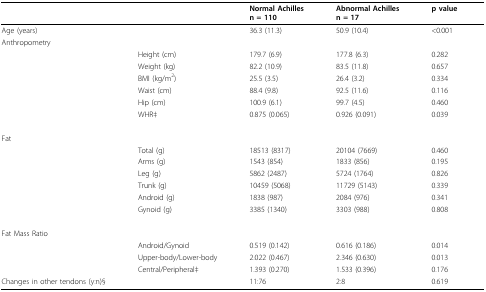
<table><thead><tr><td></td><td></td><td><b>Normal Achillesn = 110</b></td><td><b>Abnormal Achillesn = 17</b></td><td><b>p value</b></td></tr></thead><tbody><tr><td>Age (years)</td><td></td><td>36.3 (11.3)</td><td>50.9 (10.4)</td><td>&lt;0.001</td></tr><tr><td>Anthropometry</td><td></td><td></td><td></td><td></td></tr><tr><td></td><td>Height (cm)</td><td>179.7 (6.9)</td><td>177.8 (6.3)</td><td>0.282</td></tr><tr><td></td><td>Weight (kg)</td><td>82.2 (10.9)</td><td>83.5 (11.8)</td><td>0.657</td></tr><tr><td></td><td>BMI (kg/m<sup>2</sup>)</td><td>25.5 (3.5)</td><td>26.4 (3.2)</td><td>0.334</td></tr><tr><td></td><td>Waist (cm)</td><td>88.4 (9.8)</td><td>92.5 (11.6)</td><td>0.116</td></tr><tr><td></td><td>Hip (cm)</td><td>100.9 (6.1)</td><td>99.7 (4.5)</td><td>0.460</td></tr><tr><td></td><td>WHR‡</td><td>0.875 (0.065)</td><td>0.926 (0.091)</td><td>0.039</td></tr><tr><td>Fat</td><td></td><td></td><td></td><td></td></tr><tr><td></td><td>Total (g)</td><td>18513 (8317)</td><td>20104 (7669)</td><td>0.460</td></tr><tr><td></td><td>Arms (g)</td><td>1543 (854)</td><td>1833 (856)</td><td>0.195</td></tr><tr><td></td><td>Leg (g)</td><td>5862 (2487)</td><td>5724 (1764)</td><td>0.826</td></tr><tr><td></td><td>Trunk (g)</td><td>10459 (5068)</td><td>11729 (5143)</td><td>0.339</td></tr><tr><td></td><td>Android (g)</td><td>1838 (987)</td><td>2084 (976)</td><td>0.341</td></tr><tr><td></td><td>Gynoid (g)</td><td>3385 (1340)</td><td>3303 (988)</td><td>0.808</td></tr><tr><td>Fat Mass Ratio</td><td></td><td></td><td></td><td></td></tr><tr><td></td><td>Android/Gynoid</td><td>0.519 (0.142)</td><td>0.616 (0.186)</td><td>0.014</td></tr><tr><td></td><td>Upper-body/Lower-body</td><td>2.022 (0.467)</td><td>2.346 (0.630)</td><td>0.013</td></tr><tr><td></td><td>Central/Peripheral‡</td><td>1.393 (0.270)</td><td>1.533 (0.396)</td><td>0.176</td></tr><tr><td>Changes in other tendons (y:n)§</td><td></td><td>11:76</td><td>2:8</td><td>0.619</td></tr></tbody></table>